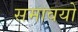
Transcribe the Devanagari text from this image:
समावयों